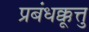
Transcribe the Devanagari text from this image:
प्रबंधक्कूत्तु